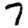
Digit: 7